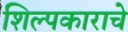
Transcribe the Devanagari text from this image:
शिल्पकाराचे